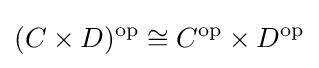
(C\times D)^{\text{op}}\cong C^{\text{op}}\times D^{\text{op}}